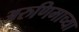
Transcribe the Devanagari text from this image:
अरुणिमाच्या